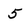
Character: 5